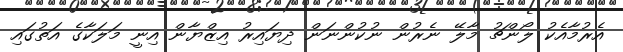
އެރުމާއެކު ލޯންޗު މާލޭ ނެރުން ނުކުންނަން ދިޔައިރު އިޒްޔާން އިނީ މަލަކާގެ އަތުގައި